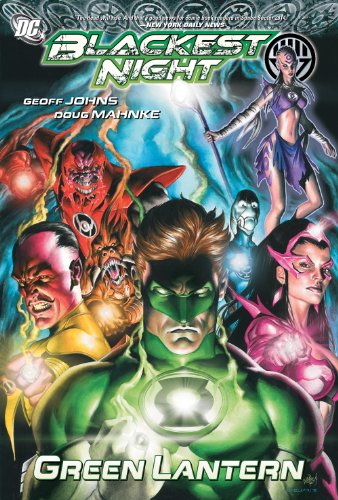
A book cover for Green Lantern: Blackest Night; Geoff Johns; Comics & Graphic Novels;